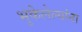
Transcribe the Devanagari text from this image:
भुकेलेल्यांना